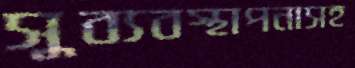
সুব্যবস্থাপনাসহ